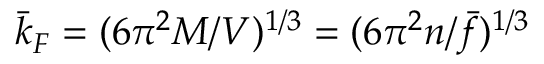
\bar { k } _ { F } = ( 6 \pi ^ { 2 } M / V ) ^ { 1 / 3 } = ( 6 \pi ^ { 2 } n / \bar { f } ) ^ { 1 / 3 }